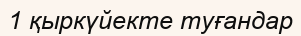
1 қыркүйекте туғандар